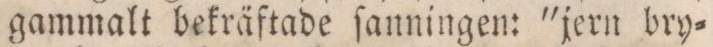
gammalt bekräftade ſanningen: 'jern bry=